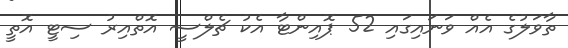
ތާވަލުގެ އެއް ވަނައިގައި 52 ޕޮއިންޓާ އެކު ޗެލްސީ އޮތްއިރު ސިޓީ އޮތީ